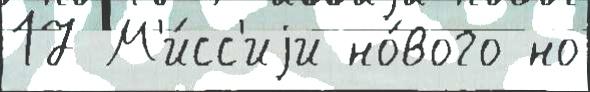
17 М'и́сс'иjи но́вого но